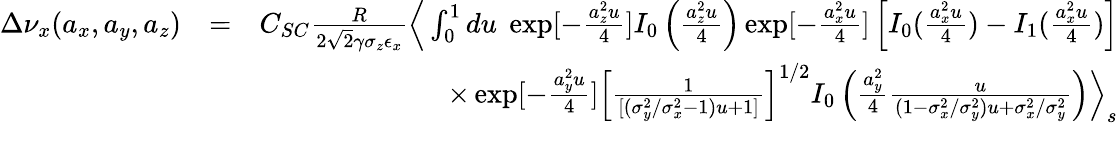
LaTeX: \begin{array}{rlr}{\Delta\nu_{x}(a_{x},a_{y},a_{z})}&{=}&{C_{SC}\frac{R}{2\sqrt{2}\gamma\sigma_{z}\epsilon_{x}}{\Big\langle}\int_{0}^{1}du\; \exp[-\frac{a_{z}^{2}u}{4}]I_{0}\left(\frac{a_{z}^{2}u}{4}\right)\exp[-\frac{a_{x}^{2}u}{4}]\left[I_{0}(\frac{a_{x}^{2}u}{4})-I_{1}(\frac{a_{x}^{2}u}{4})\right]}\\ &{}&{\times\exp[-\frac{a_{y}^{2}u}{4}]\left[\frac{1}{[(\sigma_{y}^{2}/\sigma_{x}^{2}-1)u+1]}\right]^{1/2}I_{0}\left(\frac{a_{y}^{2}}{4}\frac{u}{(1-\sigma_{x}^{2}/\sigma_{y}^{2})u+\sigma_{x}^{2}/\sigma_{y}^{2}}\right){\Big\rangle_{s}}}\\ &{}&\end{array}